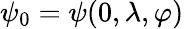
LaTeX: \psi_{0}=\psi(0,\lambda,\varphi)